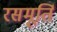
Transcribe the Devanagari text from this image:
रसमूर्ति